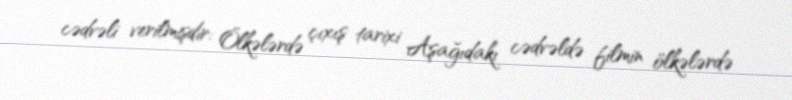
cədvəli verilmişdir: Ölkələrdə çıxış tarixi Aşağıdakı cədvəldə filmin ölkələrdə